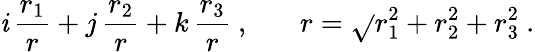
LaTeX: \mathit{i}\, \frac{{r_{1}}}{{r}}+j\, \frac{{r_{2}}}{{r}}+k\, \frac{{r_{3}}}{{r}}~,~~~~~~~r=\sqrt{}{{r_{1}^{2}+r_{2}^{2}+r_{3}^{2}}}~.